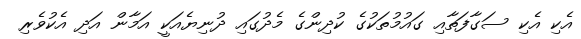
އެކި އެކި ސަގާފަތާއި ގައުމުތަކުގެ ކުދިންގެ މެދުގައި ދުނިޔެއަކީ އަމާން އަދި އެކުވެރި